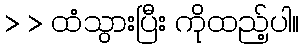
> > ထံသွားပြီး ကိုထည့်ပါ။